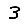
Digit: 3